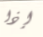
إذا